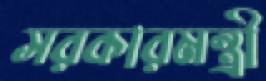
সরকারমন্ত্রী